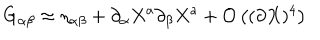
LaTeX: G _ { \alpha \beta } \approx \eta _ { \alpha \beta } + \partial _ { \alpha } X ^ { a } \partial _ { \beta } X ^ { a } + { \cal O } \left( ( \partial X ) ^ { 4 } \right)